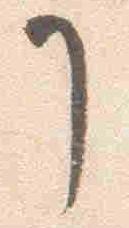
了